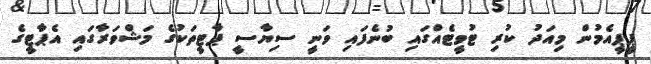
ޕީޕީއެމުން މިއަދު ކުރި ޓުވީޓެއްގައި ބުނެފައި ވަނީ ސިޔާސީ ޕާޓީތަކުގެ މަޝްވަރާގައި އެޕާޓީގެ